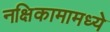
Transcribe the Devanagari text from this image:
नक्षिकामामध्ये